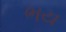
ભય